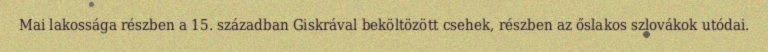
Mai lakossága részben a 15. században Giskrával beköltözött csehek, részben az őslakos szlovákok utódai.